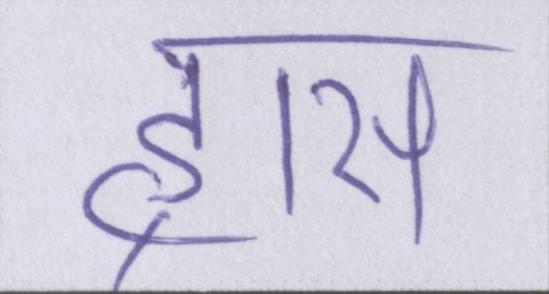
ह्रास